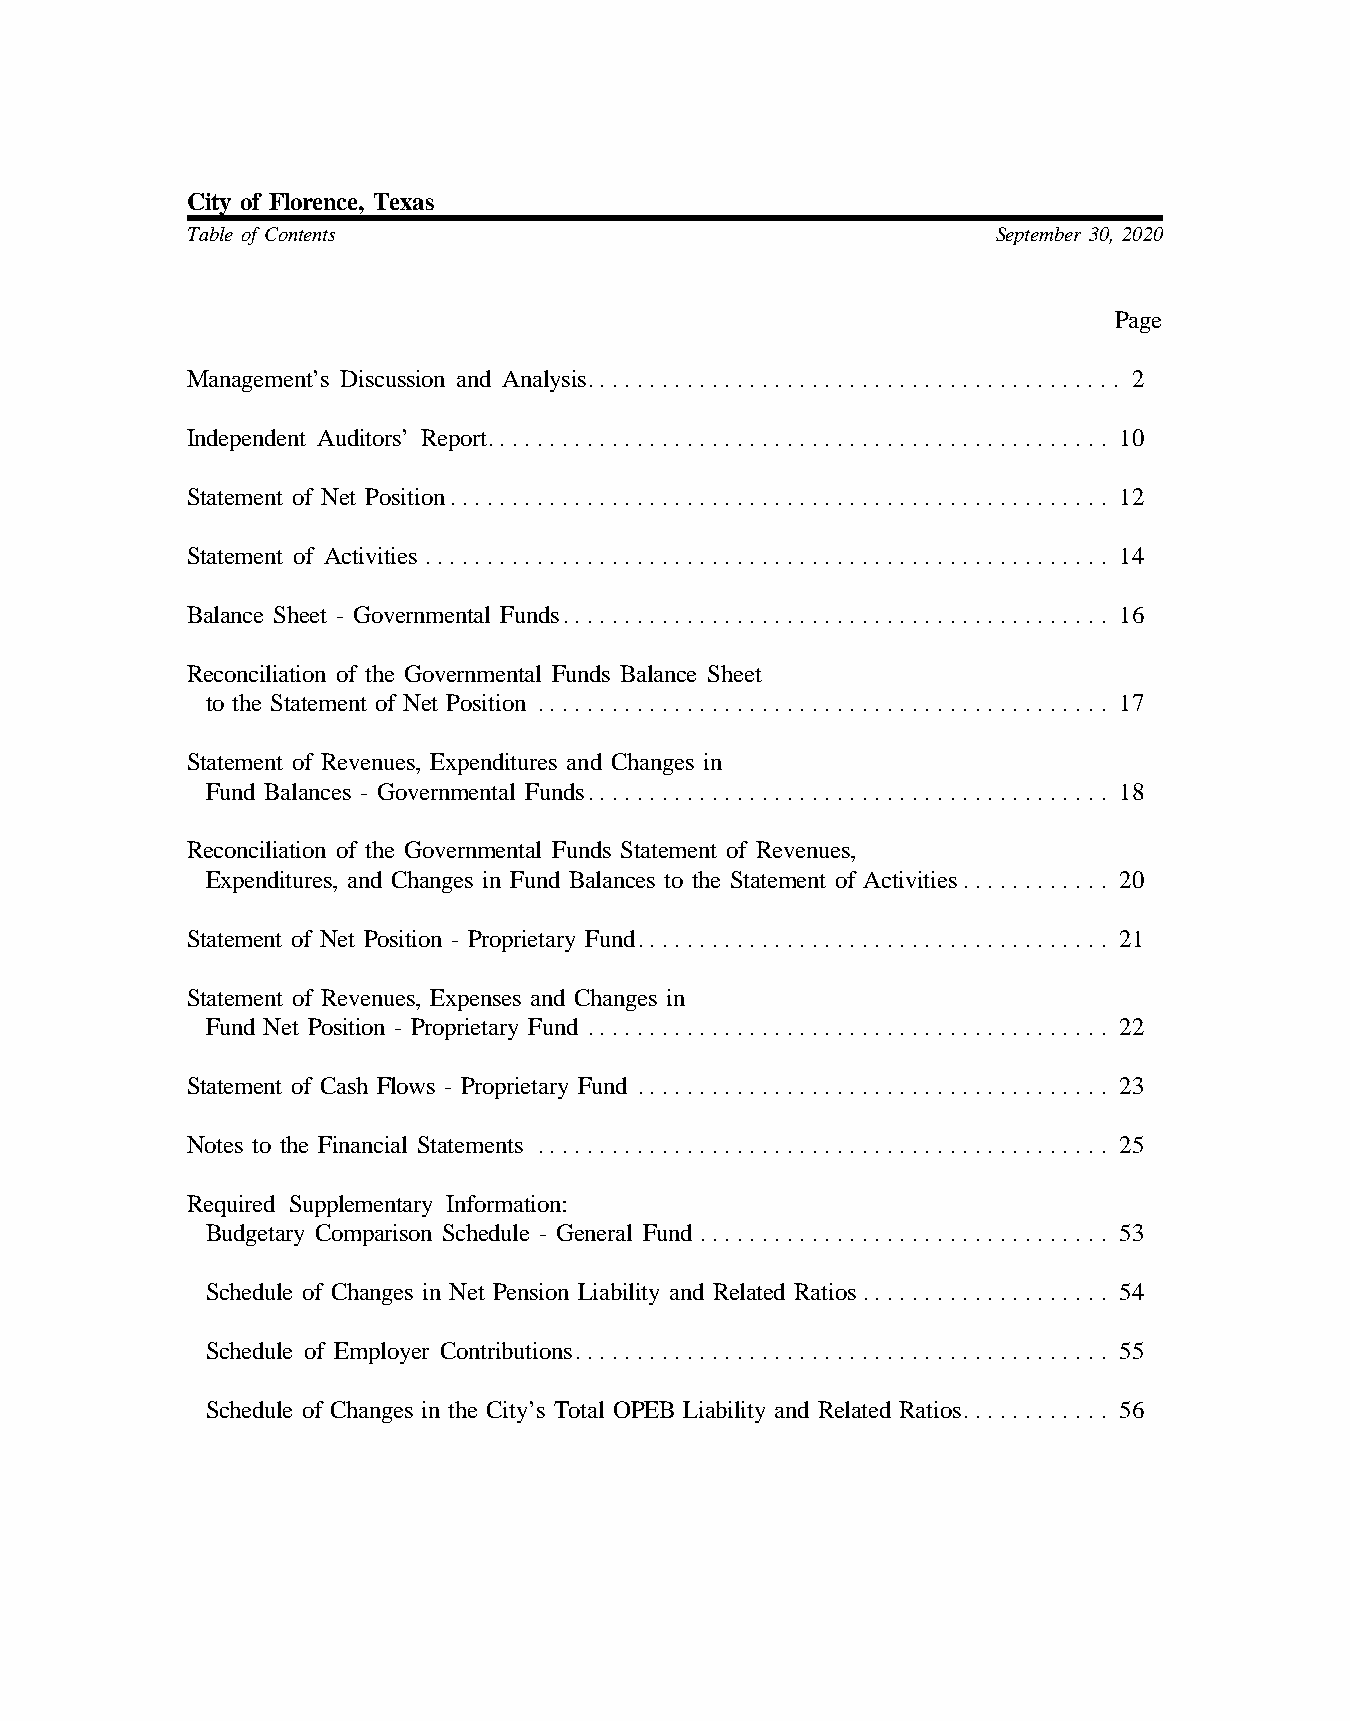
City of Florence, Texas
 Table of Contents                                     September 30, 2020
 Page
 Management’s Discussion and Analysis. . . . . . . . . . . . . . . . . . . . . . . . . . . . . . . . . . . . . . . . . . . 2
 Independent Auditors’ Report. . . . . . . . . . . . . . . . . . . . . . . . . . . . . . . . . . . . . . . . . . . . . . . . . . 10
 Statement of Net Position. . . . . . . . . . . . . . . . . . . . . . . . . . . . . . . . . . . . . . . . . . . . . . . . . . . . . 12
 Statement of Activities . . . . . . . . . . . . . . . . . . . . . . . . . . . . . . . . . . . . . . . . . . . . . . . . . . . . . . . 14
 Balance Sheet - Governmental Funds. . . . . . . . . . . . . . . . . . . . . . . . . . . . . . . . . . . . . . . . . . . . 16
 Reconciliation of the Governmental Funds Balance Sheet
 to the Statement of Net Position . . . . . . . . . . . . . . . . . . . . . . . . . . . . . . . . . . . . . . . . . . . . . . 17
 Statement of Revenues, Expenditures and Changes in
 Fund Balances - Governmental Funds. . . . . . . . . . . . . . . . . . . . . . . . . . . . . . . . . . . . . . . . . . 18
 Reconciliation of the Governmental Funds Statement of Revenues,
 Expenditures, and Changes in Fund Balances to the Statement of Activities. . . . . . . . . . . . 20
 Statement of Net Position - Proprietary Fund. . . . . . . . . . . . . . . . . . . . . . . . . . . . . . . . . . . . . . 21
 Statement of Revenues, Expenses and Changes in
 Fund Net Position - Proprietary Fund . . . . . . . . . . . . . . . . . . . . . . . . . . . . . . . . . . . . . . . . . . 22
 Statement of Cash Flows - Proprietary Fund . . . . . . . . . . . . . . . . . . . . . . . . . . . . . . . . . . . . . . 23
 Notes to the Financial Statements . . . . . . . . . . . . . . . . . . . . . . . . . . . . . . . . . . . . . . . . . . . . . . 25
 Required Supplementary Information:
 Budgetary Comparison Schedule - General Fund . . . . . . . . . . . . . . . . . . . . . . . . . . . . . . . . . 53
 Schedule of Changes in Net Pension Liability and Related Ratios. . . . . . . . . . . . . . . . . . . . 54
 Schedule of Employer Contributions. . . . . . . . . . . . . . . . . . . . . . . . . . . . . . . . . . . . . . . . . . . 55
 Schedule of Changes in the City’s Total OPEB Liability and Related Ratios. . . . . . . . . . . . 56